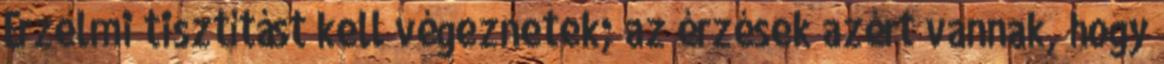
Érzelmi tisztítást kell végeznetek; az érzések azért vannak, hogy